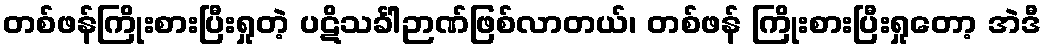
တစ်ဖန်ကြိုးစားပြီးရှုတဲ့ ပဋိသင်္ခါဉာဏ်ဖြစ်လာတယ်၊ တစ်ဖန် ကြိုးစားပြီးရှုတော့ အဲဒီ